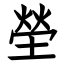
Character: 塋